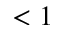
< 1